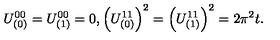
U _ { ( 0 ) } ^ { 0 0 } = U _ { ( 1 ) } ^ { 0 0 } = 0 , \left( U _ { ( 0 ) } ^ { 1 1 } \right) ^ { 2 } = \left( U _ { ( 1 ) } ^ { 1 1 } \right) ^ { 2 } = 2 \pi ^ { 2 } t .